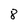
Character: 8